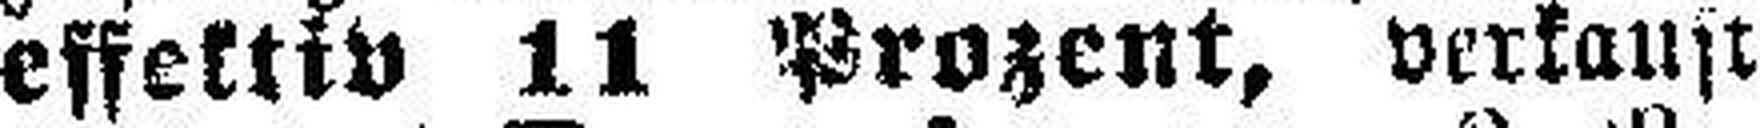
effektiv 11 Prozent, verkauft